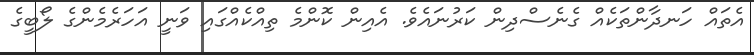
އެތައް ހަނދާންތަކެއް ގެނެސްދިން ކަރުނައެވެ. އެއިން ކޮންމެ ތިއްކެއްގައި ވަނީ އަހަރެމެންގެ ލޯބީގެ